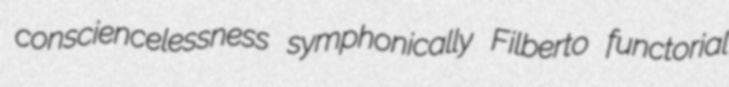
consciencelessness symphonically Filberto functorial